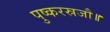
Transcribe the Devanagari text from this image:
पुष्करस्रजौ॥